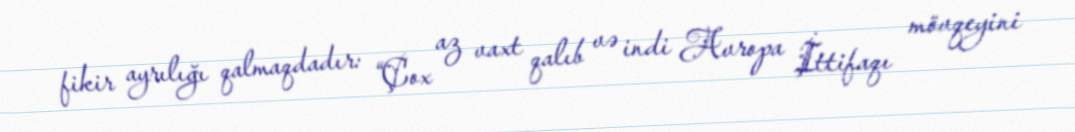
fikir ayrılığı qalmaqdadır: “Çox az vaxt qalıb və indi Avropa İttifaqı mövqeyini